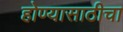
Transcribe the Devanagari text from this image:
होण्यासाठीचा